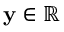
\mathbf { y } \in \mathbb { R }